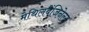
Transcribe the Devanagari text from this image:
मेथिलबेंजिनेल्ट